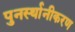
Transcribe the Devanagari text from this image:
पुनर्स्थानीकरण